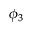
\phi _ { 3 }